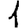
Digit: 1